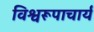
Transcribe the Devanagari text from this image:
विश्वरूपाचार्य